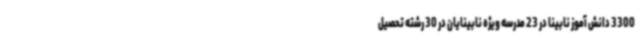
3300 دانش آموز نابینا در 23 مدرسه ویژه نابینایان در 30 رشته تحصیل